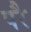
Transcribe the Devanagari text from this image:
परेै